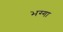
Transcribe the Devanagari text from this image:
भग्गा